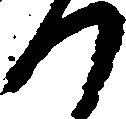
つ